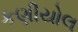
કણીયોલ